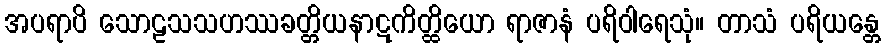
အပရာပိ သောဠသသဟဿခတ္တိယနာဋကိတ္ထိယော ရာဇာနံ ပရိဝါရေသုံ။ တာသံ ပရိယန္တေ